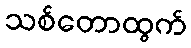
သစ်တောထွက်